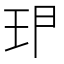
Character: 𱮶